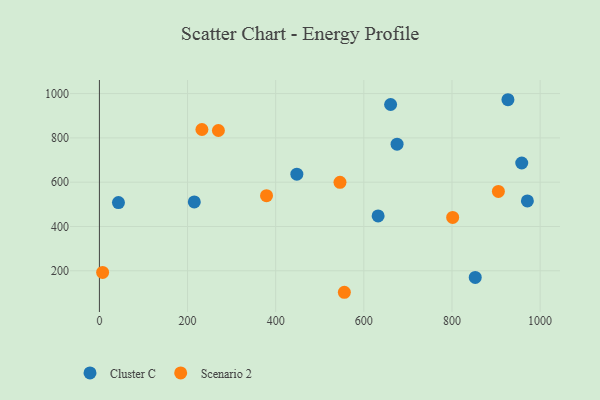
{"axis": {"x": "Speed", "y": "Rating"}, "legend": ["Cluster C", "Scenario 2"], "data": [{"x": "448.0", "y": 636.3, "type": "Cluster C"}, {"x": "660.8", "y": 950.7, "type": "Cluster C"}, {"x": "632.4", "y": 447.5, "type": "Cluster C"}, {"x": "971.1", "y": 515.3, "type": "Cluster C"}, {"x": "43.2", "y": 508.0, "type": "Cluster C"}, {"x": "927.0", "y": 972.2, "type": "Cluster C"}, {"x": "215.3", "y": 511.0, "type": "Cluster C"}, {"x": "852.8", "y": 170.0, "type": "Cluster C"}, {"x": "675.4", "y": 771.6, "type": "Cluster C"}, {"x": "958.3", "y": 686.5, "type": "Cluster C"}, {"x": "801.6", "y": 441.0, "type": "Scenario 2"}, {"x": "232.6", "y": 837.7, "type": "Scenario 2"}, {"x": "905.3", "y": 558.3, "type": "Scenario 2"}, {"x": "555.8", "y": 103.1, "type": "Scenario 2"}, {"x": "7.3", "y": 192.9, "type": "Scenario 2"}, {"x": "379.2", "y": 539.2, "type": "Scenario 2"}, {"x": "545.9", "y": 599.5, "type": "Scenario 2"}, {"x": "270.0", "y": 833.2, "type": "Scenario 2"}]}